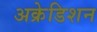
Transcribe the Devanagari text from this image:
अक्रेडिशन